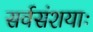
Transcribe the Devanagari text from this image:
सर्वसंशयाः